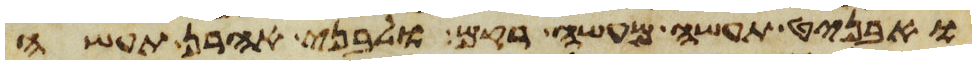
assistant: ואבניט תעשה מעשה רקם ולבני אהרן תעשה